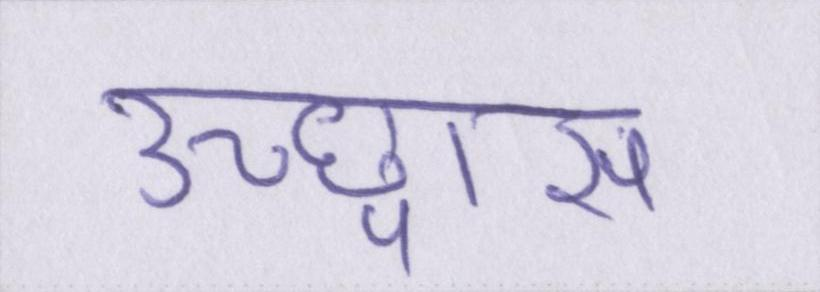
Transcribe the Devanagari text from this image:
उच्छ्वास